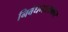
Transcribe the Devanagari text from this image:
निबंधमालाकार